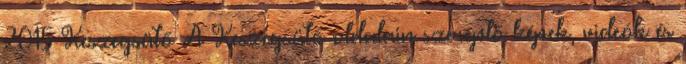
2015 Keszegsütő A Keszegsütő oldalain szereplő képek, videók és